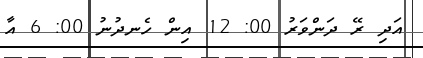
އަދި ރޭ ދަންވަރު 00: 12 އިން ހެނދުނު 00: 6 އާ